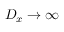
D _ { x } \rightarrow \infty